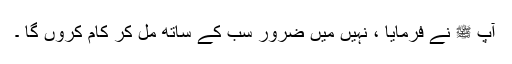
آپ ﷺ نے فرمایا ، نہیں میں ضرور سب کے ساتھ مل کر کام کروں گا ۔